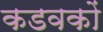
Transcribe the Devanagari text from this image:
कडवकों